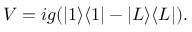
\begin{array} { r } { V = i g ( | 1 \rangle \langle 1 | - | L \rangle \langle L | ) . } \end{array}